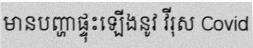
មានបញ្ហាផ្ទុះឡើងនូវ វីរុស Covid